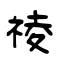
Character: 祾